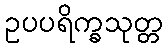
ဥပပရိက္ခသုတ္တ